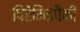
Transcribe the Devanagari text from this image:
पिरॅमिडपैकी